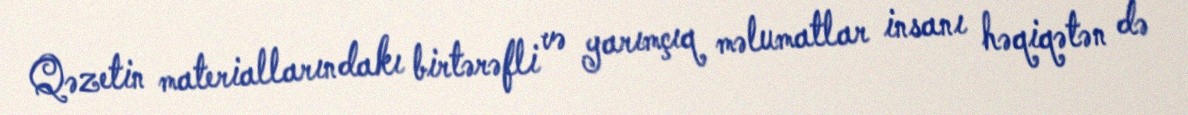
Qəzetin materiallarındakı birtərəfli və yarımçıq məlumatlar insanı həqiqətən də